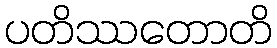
ပတိဿတောတိ